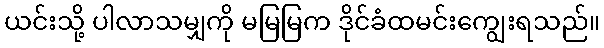
ယင်းသို့ ပါလာသမျှကို မမြမြက ဒိုင်ခံထမင်းကျွေးရသည်။